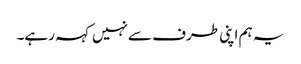
یہ ہم اپنی طرف سےنہیں کہہ رہے۔